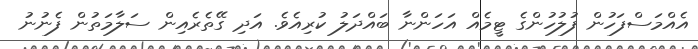
އެއްމަސްފަހުން ފުލުހުންގެ ޓީމެއް އަހަންނާ ބައްދަލު ކުރިއެވެ. އަދި ގޭތެރެއިން ސަލާމަތުން ފެނުނު